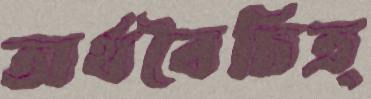
অর্থবৈচিত্র্